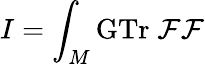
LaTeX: I=\int_{M}\mathrm{GTr}\; {\cal FF}